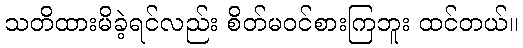
သတိထားမိခဲ့ရင်လည်း စိတ်မဝင်စားကြဘူး ထင်တယ်။